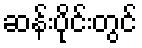
ဆန်းပိုင်းတွင်